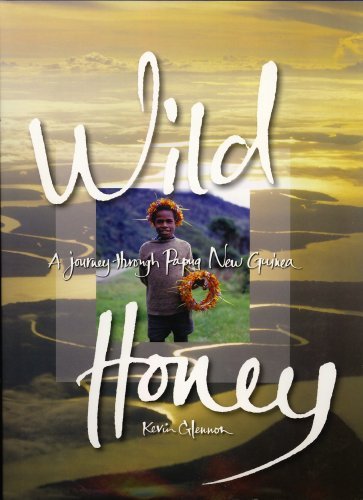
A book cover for Wild Honey: A Journey Through Papua New Guinea; Kevin Glennon; Travel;